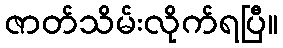
ဇာတ်သိမ်းလိုက်ရပြီ။